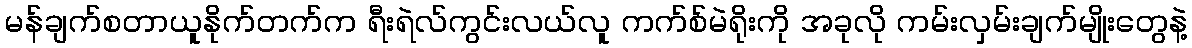
မန်ချက်စတာယူနိုက်တက်က ရီးရဲလ်ကွင်းလယ်လူ ကက်စ်မဲရိုးကို အခုလို ကမ်းလှမ်းချက်မျိုးတွေနဲ့